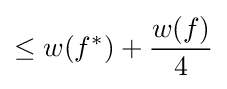
\leq w(f^{*})+{\frac {w(f)}{4}}